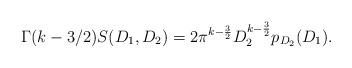
LaTeX: \begin{align*} \Gamma(k- 3/2) S(D_1,D_2)=2\pi^{k-\frac{3}{2}}D_2^{k-\frac{3}{2}} p_{D_2}(D_1).\end{align*}